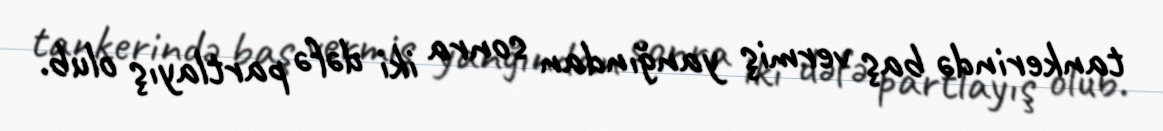
tankerində baş vermiş yanğından sonra iki dəfə partlayış olub.